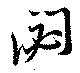
閟